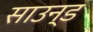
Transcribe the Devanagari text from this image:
साउन्‍ड